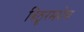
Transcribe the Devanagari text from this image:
बिठूरमधेच